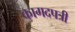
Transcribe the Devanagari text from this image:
कागदपत्री